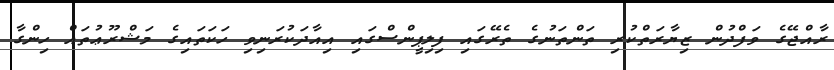
ރާއްޖޭގެ ވަފްދުން ޒިޔާރަތްކުރި ތަންތަނުގެ ތެރޭގައި ފިލިޕީންސްގައި އިއާދަކުރަނިވި ހަކަތައިގެ މަޝްރޫޢުތައް ހިންގާ